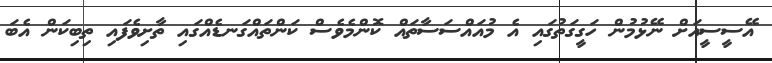
އޭސީސީއަށް ނޭޅުމުން ހަގީގަތުގައި އެ މުއައްސަސާތައް ކޮންމެވެސް ކަންތައްގަނޑެއްގައި ތާށިވެފައި ތިބިކަން އެބަ